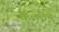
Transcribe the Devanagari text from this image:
केलेलेच